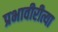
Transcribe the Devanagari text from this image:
प्रभावीरीत्या